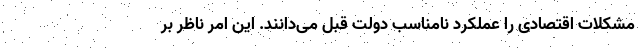
مشکلات اقتصادی را عملکرد نامناسب دولت قبل می‌دانند. این امر ناظر بر